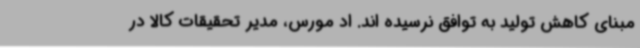
مبنای کاهش تولید به توافق نرسیده اند. اد مورس، مدیر تحقیقات کالا در